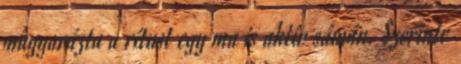
magyarázta a rítust egy ma is aktív sámán. Szerinte